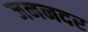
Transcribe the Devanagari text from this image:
जननदर